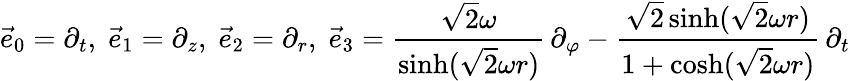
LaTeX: {\vec{e}}_{0}=\partial_{t},\; {\vec{e}}_{1}=\partial_{z},\; {\vec{e}}_{2}=\partial_{r},\; {\vec{e}}_{3}={\frac{{\sqrt{2}}\omega}{\sinh({\sqrt{2}}\omega r)}}\, \partial_{\varphi}-{\frac{{\sqrt{2}}\sinh({\sqrt{2}}\omega r)}{1+\cosh({\sqrt{2}}\omega r)}}\, \partial_{t}